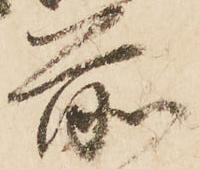
前